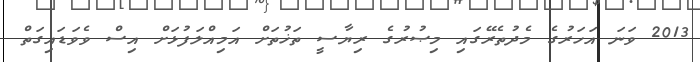
2013 ވަނަ އަހަރުގެ މެދުތެރޭގައި މިޞުރުގެ ރިޔާސީ ތަޚުތަށް އަމިއްލަފުޅަށް އިސް ވެވަޑައިގަތް